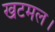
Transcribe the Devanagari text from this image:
खटमल।